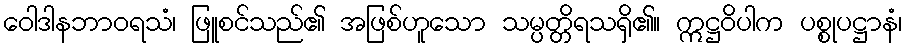
ဝေါဒါနဘာဝရသံ၊ ဖြူစင်သည်၏ အဖြစ်ဟူသော သမ္ပတ္တိရသရှိ၏။ ဣဋ္ဌဝိပါက ပစ္စုပဋ္ဌာနံ၊